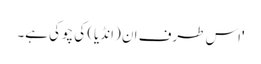
'اس طرف ان (انڈیا) کی چوکی ہے۔